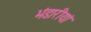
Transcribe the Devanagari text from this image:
भंडारीयां